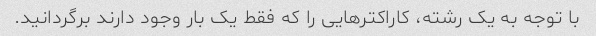
با توجه به یک رشته، کاراکترهایی را که فقط یک بار وجود دارند برگردانید.